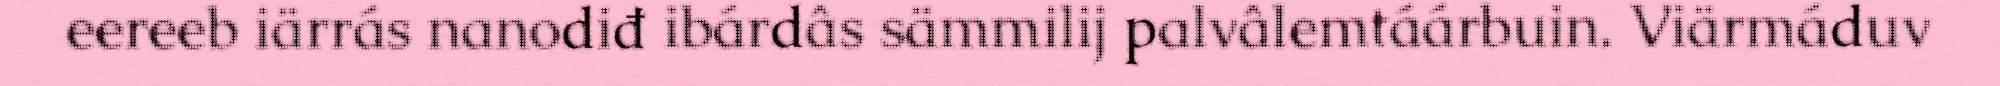
eereeb iärrás nanodiđ ibárdâs sämmilij palvâlemtáárbuin. Viärmáduv